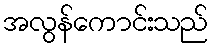
အလွန်ကောင်းသည်